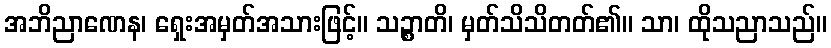
အဘိညာဏေန၊ ရှေးအမှတ်အသားဖြင့်။ သဉ္စာတိ၊ မှတ်သိသိတတ်၏။ သာ၊ ထိုသညာသည်။